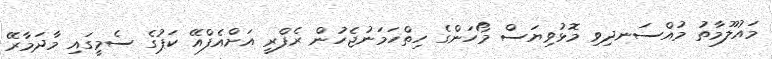
މައުލޫމާތު މުއްސަނދިވި މޮޅުވިޔަސް މޯހަންގެ ހިތްހަމަނުޖެހުން ރެފްރީ އަށްއެފްއޭ ކަޕުގެ ސެމީގައި މާދަމާރޭ